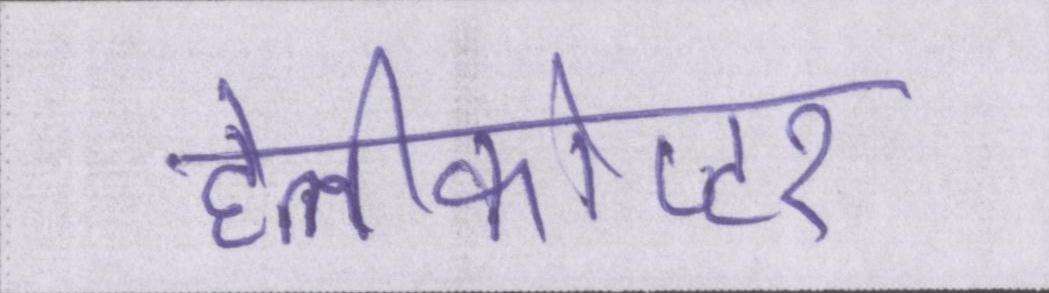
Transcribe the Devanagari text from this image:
हेलीकोप्टर